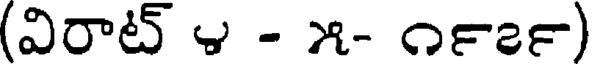
(విరాట్ ౪ - ౫- ౧౯౭౯)